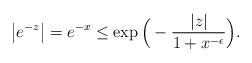
LaTeX: \begin{align*}\big|e^{-z}\big|=e^{-x} \leq \exp\Big(-\frac{|z|}{1+x^{-\epsilon}}\Big).\end{align*}